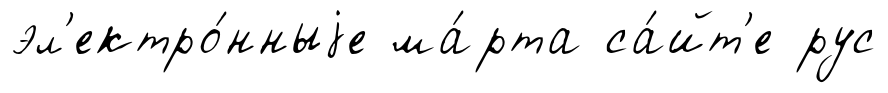
эл'ектро́нныjе ма́рта са́йт'е рус